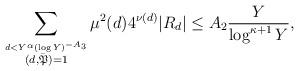
LaTeX: \begin{align*}\sum_{\stackrel{d<Y^{\alpha}(\log Y)^{-A_3}}{(d,\bar{\mathfrak{P}})=1}}\mu^2(d)4^{\nu(d)}|R_d|\leq A_2\frac{Y}{\log^{\kappa+1}Y},\end{align*}